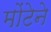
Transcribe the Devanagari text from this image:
मोंटेने